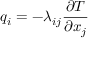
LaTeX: q _ { i } = - \lambda _ { i j } { \frac { \partial T } { \partial x _ { j } } }